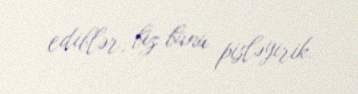
ediblər, biz bunu pisləyirik.